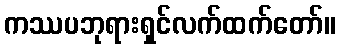
ကဿပဘုရားရှင်လက်ထက်တော်။